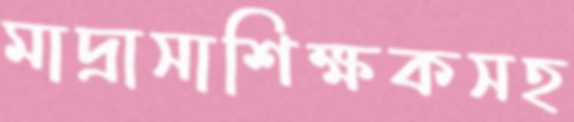
মাদ্রাসাশিক্ষকসহ